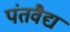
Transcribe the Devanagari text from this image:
पंतवैद्य